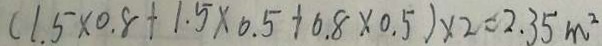
( 1 . 5 \times 0 . 8 + 1 . 5 \times 0 . 5 + 0 . 8 \times 0 . 5 ) \times 2 = 2 . 3 5 m ^ { 2 }